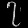
Digit: ၇